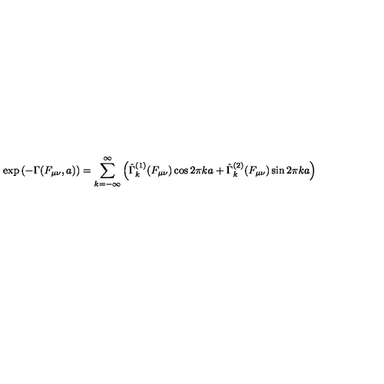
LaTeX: \exp \left( - \Gamma ( F _ { \mu \nu } , a ) \right) = \sum _ { k = - \infty } ^ { \infty } \left( \hat { \Gamma } _ { k } ^ { ( 1 ) } ( F _ { \mu \nu } ) \cos 2 \pi k a + \hat { \Gamma } _ { k } ^ { ( 2 ) } ( F _ { \mu \nu } ) \sin 2 \pi k a \right)